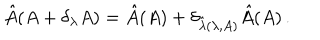
LaTeX: \hat { A } ( A + \delta _ { \lambda } A ) = \hat { A } ( A ) + \delta _ { \hat { \lambda } ( \lambda , A ) } \hat { A } ( A ) \, .